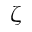
\zeta